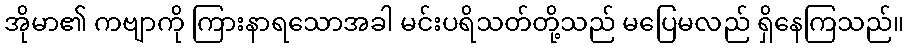
အိုမာ၏ ကဗျာကို ကြားနာရသောအခါ မင်းပရိသတ်တို့သည် မပြေမလည် ရှိနေကြသည်။